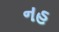
નહ